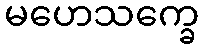
မဟေသက္ခေ